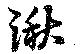
湫